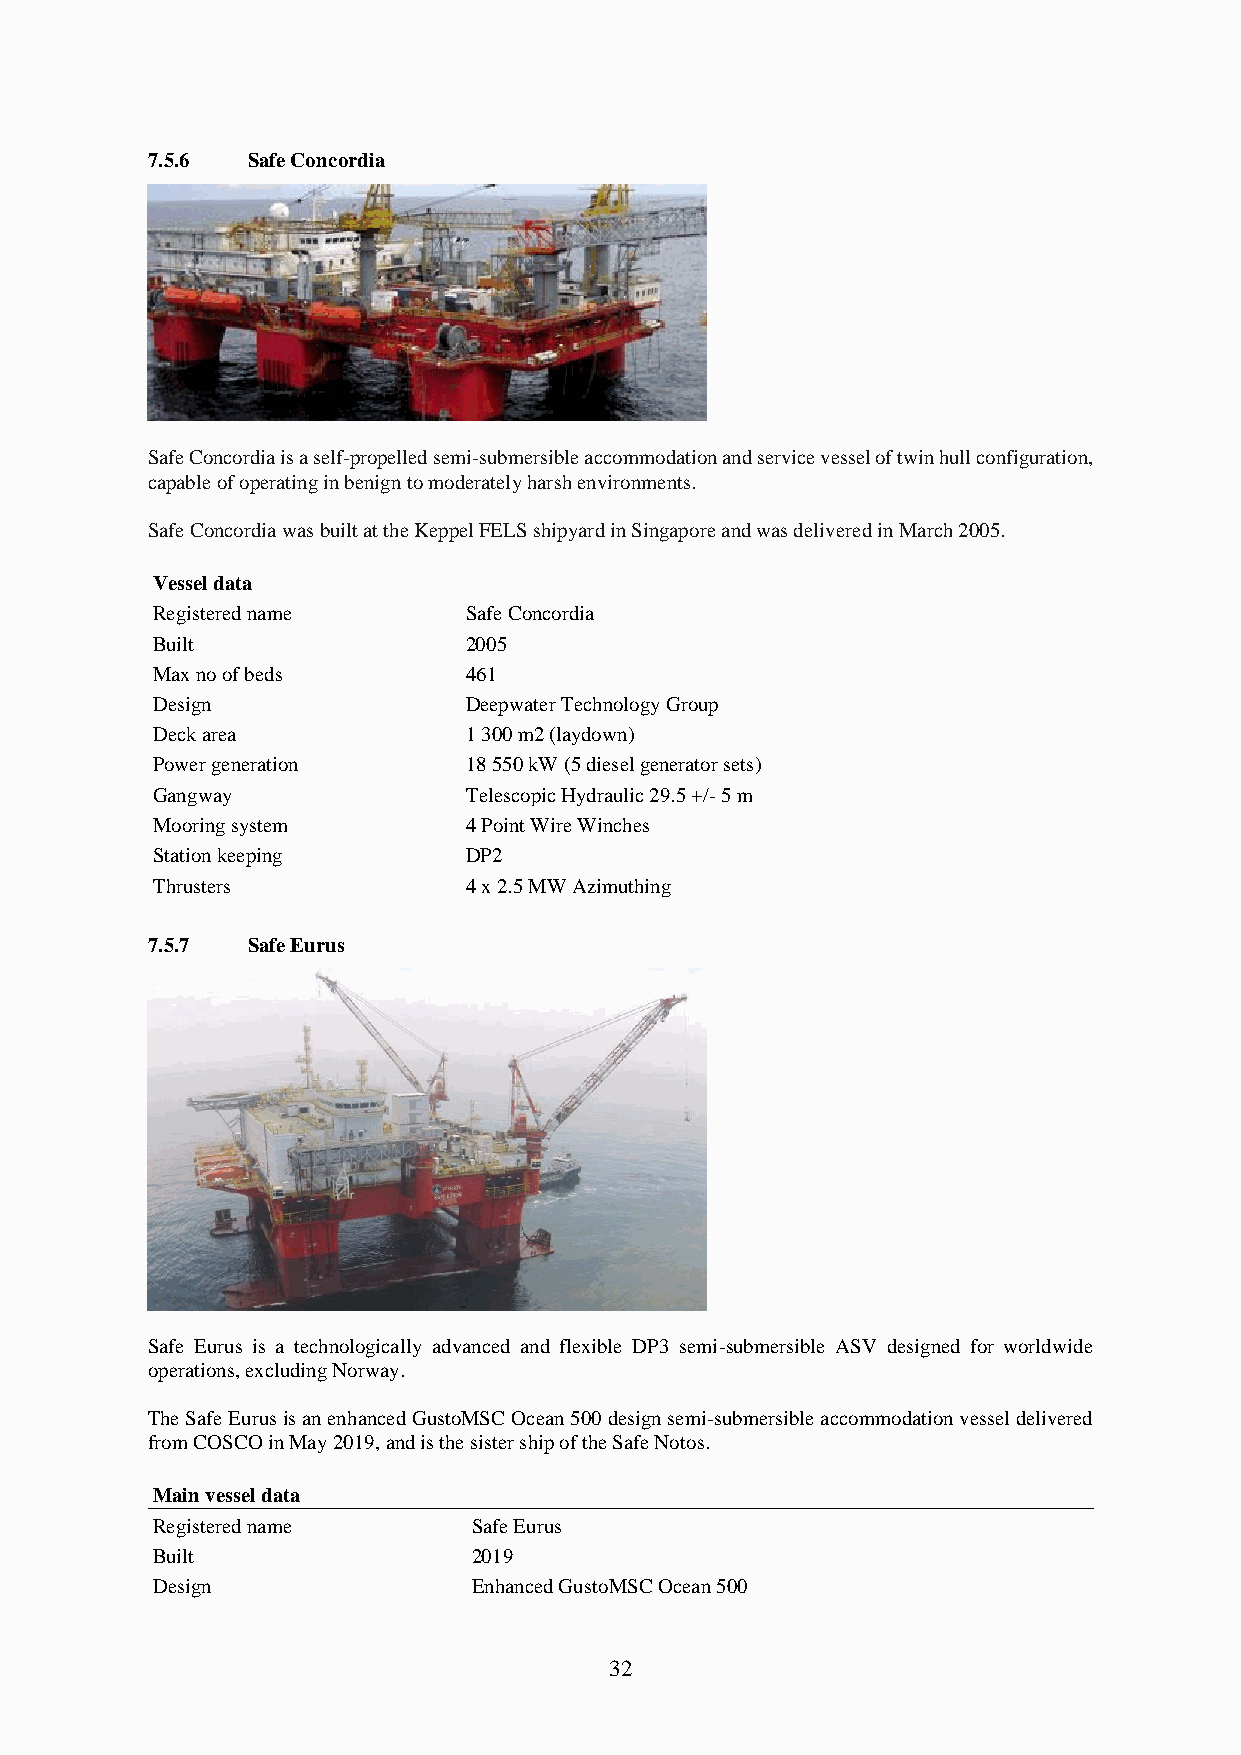
7.5.6 Safe Concordia
 Safe Concordia is a self-propelled semi-submersible accommodation and service vessel of twin hull configuration,
 capable of operating in benign to moderately harsh environments.
 Safe Concordia was built at the Keppel FELS shipyard in Singapore and was delivered in March 2005.
 Vessel data
 Registered name      Safe Concordia
 Built                2005
 Max no of beds       461
 Design               Deepwater Technology Group
 Deck area            1 300 m2 (laydown)
 Power generation     18 550 kW (5 diesel generator sets)
 Gangway              Telescopic Hydraulic 29.5 +/- 5 m
 Mooring system       4 Point Wire Winches
 Station keeping      DP2
 Thrusters            4 x 2.5 MW Azimuthing
 7.5.7 Safe Eurus
 Safe Eurus is a technologically advanced and flexible DP3 semi-submersible ASV designed for worldwide
 operations, excluding Norway.
 The Safe Eurus is an enhanced GustoMSC Ocean 500 design semi-submersible accommodation vessel delivered
 from COSCO in May 2019, and is the sister ship of the Safe Notos.
 Main vessel data
 Registered name      Safe Eurus
 Built                2019
 Design               Enhanced GustoMSC Ocean 500
 32